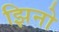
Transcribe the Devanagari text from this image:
झिनो